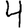
Digit: 4